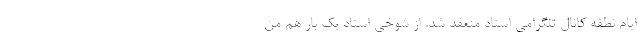
ایام نطفه کانال تلگرامی استاد منعقد شد. از شوخی استاد یک بار هم من